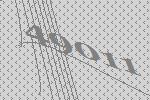
49011